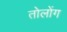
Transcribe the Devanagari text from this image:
तोलोंग